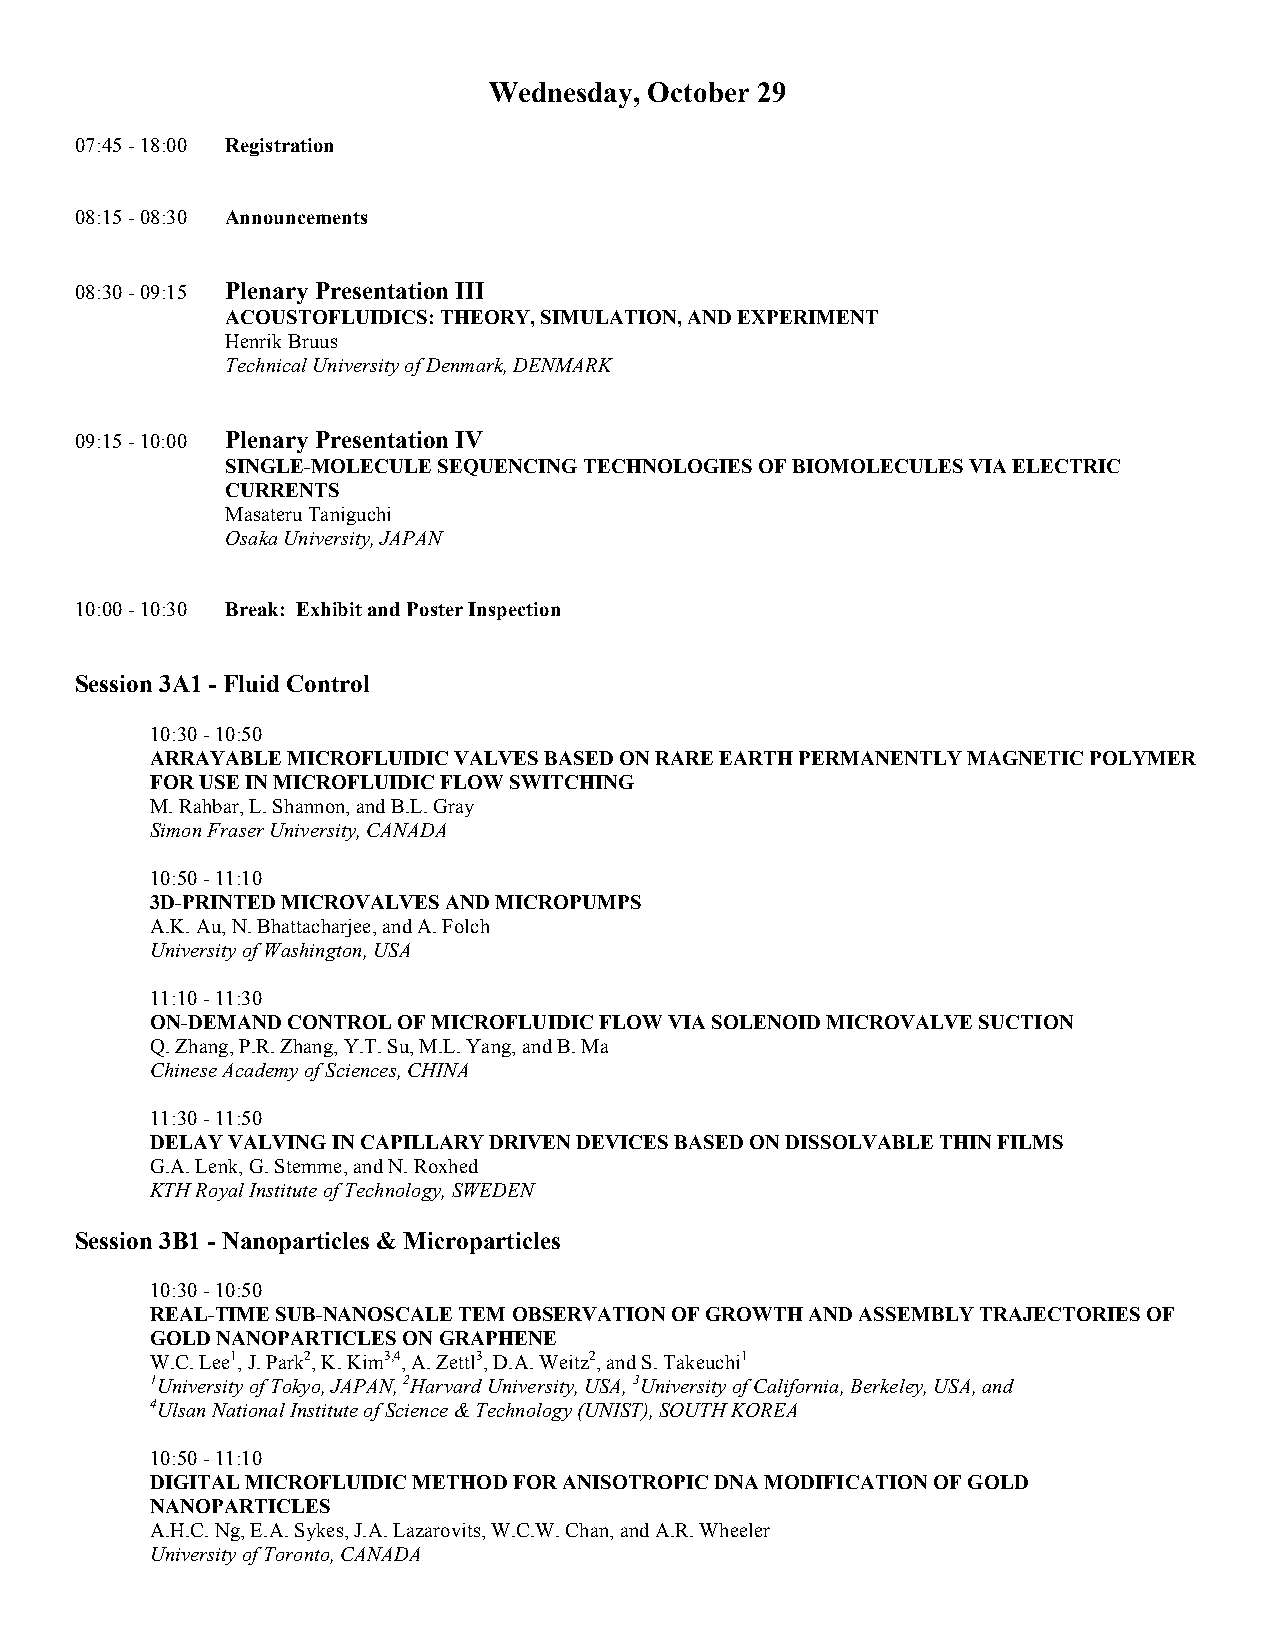
Wednesday, October 29
 07:45 - 18:00 Registration
 08:15 - 08:30 Announcements
 08:30 - 09:15 Plenary Presentation III
 ACOUSTOFLUIDICS: THEORY, SIMULATION, AND EXPERIMENT
 Henrik Bruus
 Technical University of Denmark, DENMARK
 09:15 - 10:00 Plenary Presentation IV
 SINGLE-MOLECULE SEQUENCING TECHNOLOGIES OF BIOMOLECULES VIA ELECTRIC
 CURRENTS
 Masateru Taniguchi
 Osaka University, JAPAN
 10:00 - 10:30 Break: Exhibit and Poster Inspection
 Session 3A1 - Fluid Control
 10:30 - 10:50
 ARRAYABLE MICROFLUIDIC VALVES BASED ON RARE EARTH PERMANENTLY MAGNETIC POLYMER
 FOR USE IN MICROFLUIDIC FLOW SWITCHING
 M. Rahbar, L. Shannon, and B.L. Gray
 Simon Fraser University, CANADA
 10:50 - 11:10
 3D-PRINTED MICROVALVES AND MICROPUMPS
 A.K. Au, N. Bhattacharjee, and A. Folch
 University of Washington, USA
 11:10 - 11:30
 ON-DEMAND CONTROL OF MICROFLUIDIC FLOW VIA SOLENOID MICROVALVE SUCTION
 Q. Zhang, P.R. Zhang, Y.T. Su, M.L. Yang, and B. Ma
 Chinese Academy of Sciences, CHINA
 11:30 - 11:50
 DELAY VALVING IN CAPILLARY DRIVEN DEVICES BASED ON DISSOLVABLE THIN FILMS
 G.A. Lenk, G. Stemme, and N. Roxhed
 KTH Royal Institute of Technology, SWEDEN
 Session 3B1 - Nanoparticles & Microparticles
 10:30 - 10:50
 REAL-TIME SUB-NANOSCALE TEM OBSERVATION OF GROWTH AND ASSEMBLY TRAJECTORIES OF
 GOLD NANOPARTICLES ON GRAPHENE
 W.C. Lee1, J. Park2, K. Kim3,4, A. Zettl3, D.A. Weitz2, and S. Takeuchi1
 1University of Tokyo, JAPAN, 2Harvard University, USA, 3University of California, Berkeley, USA, and
 4Ulsan National Institute of Science & Technology (UNIST), SOUTH KOREA
 10:50 - 11:10
 DIGITAL MICROFLUIDIC METHOD FOR ANISOTROPIC DNA MODIFICATION OF GOLD
 NANOPARTICLES
 A.H.C. Ng, E.A. Sykes, J.A. Lazarovits, W.C.W. Chan, and A.R. Wheeler
 University of Toronto, CANADA